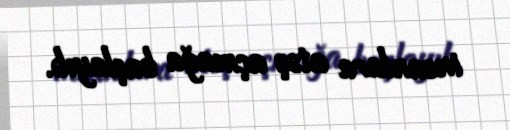
insanlara atəş açmağa başlayıb.